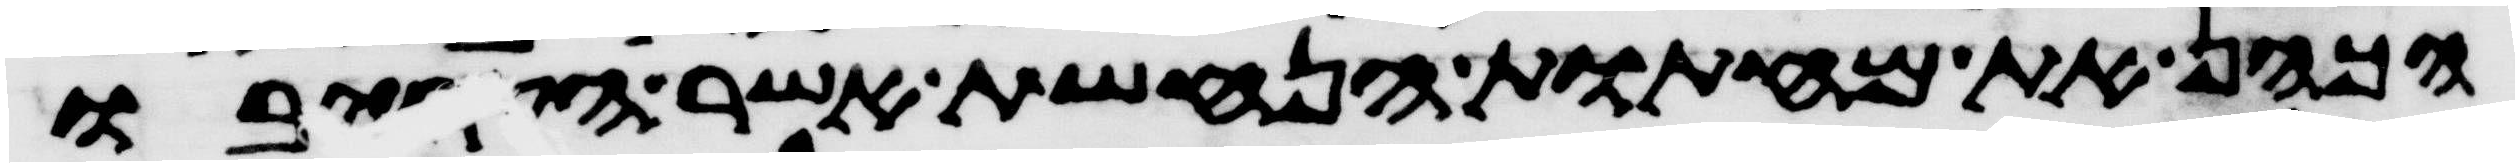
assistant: הכהן את מחתות הנחשת אשר הקריבו